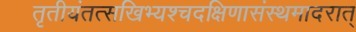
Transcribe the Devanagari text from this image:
तृतीयंतत्सखिभ्यश्चदक्षिणासंस्थमादरात्